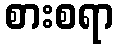
စားစရာ